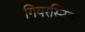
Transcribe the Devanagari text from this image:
गियरस्टिक